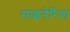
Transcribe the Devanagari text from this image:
साइनेरिया